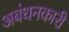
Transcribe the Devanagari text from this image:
अबंधनकारी